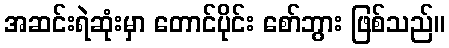
အဆင်းရဲဆုံးမှာ တောင်ပိုင်း စော်ဘွား ဖြစ်သည်။